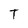
Character: T